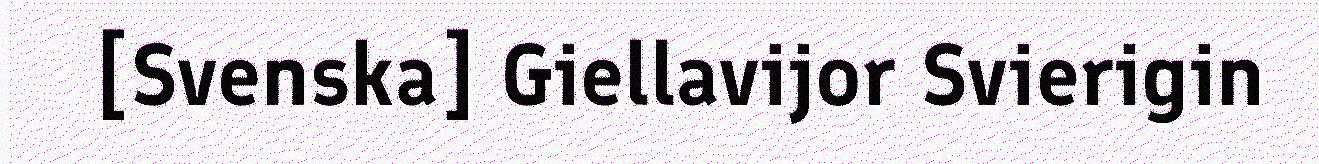
[Svenska] Giellavijor Svierigin